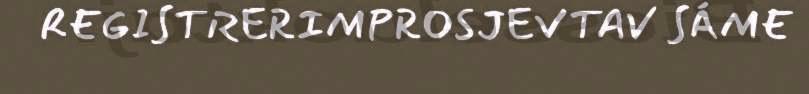
REGISTRERIMPROSJEVTAV SÁME